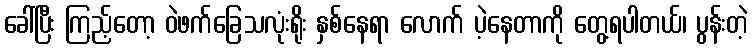
ခေါ်ပြီး ကြည့်တော့ ဝဲဖက်ခြေသလုံးရိုး နှစ်နေရာ လောက် ပဲ့နေတာကို တွေ့ရပါတယ်၊ ပွန်းတဲ့